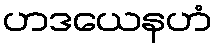
ဟဒယေနဟံ